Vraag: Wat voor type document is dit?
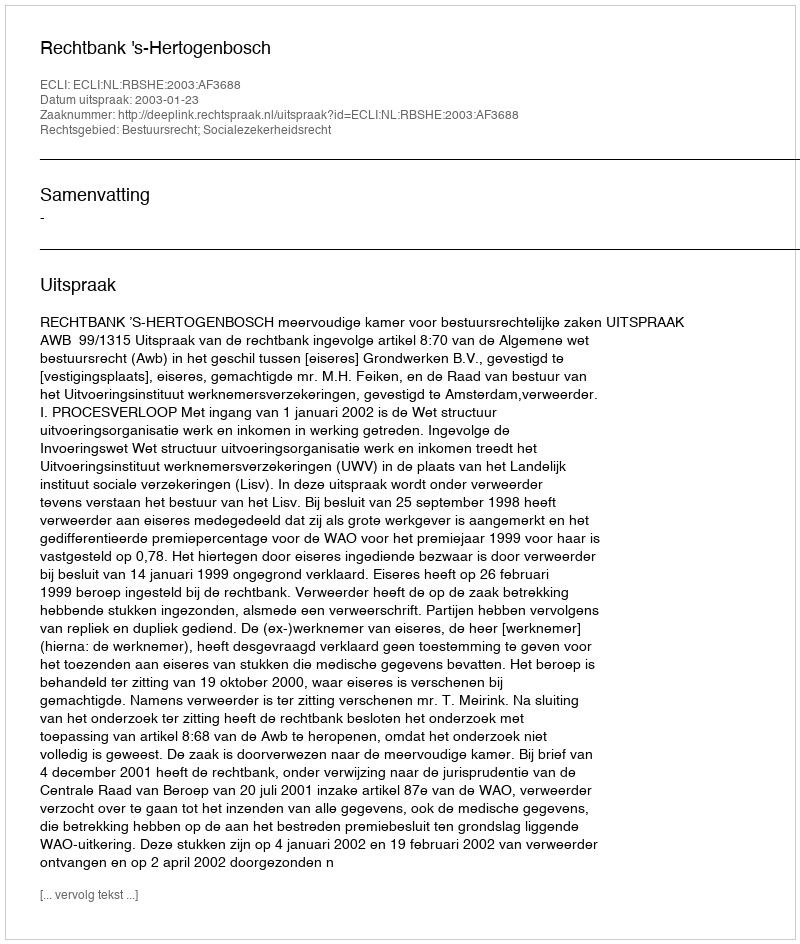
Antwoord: Uitspraak